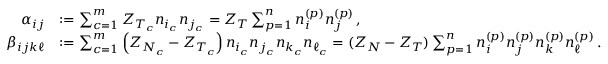
\begin{array} { r l } { \alpha _ { i j } } & { : = \sum _ { c = 1 } ^ { m } Z _ { T _ { c } } n _ { i _ { c } } n _ { j _ { c } } = Z _ { T } \sum _ { p = 1 } ^ { n } n _ { i } ^ { ( p ) } n _ { j } ^ { ( p ) } \, , } \\ { \beta _ { i j k \ell } } & { : = \sum _ { c = 1 } ^ { m } \left( Z _ { N _ { c } } - Z _ { T _ { c } } \right) n _ { i _ { c } } n _ { j _ { c } } n _ { k _ { c } } n _ { \ell _ { c } } = ( Z _ { N } - Z _ { T } ) \sum _ { p = 1 } ^ { n } n _ { i } ^ { ( p ) } n _ { j } ^ { ( p ) } n _ { k } ^ { ( p ) } n _ { \ell } ^ { ( p ) } \, . } \end{array}